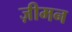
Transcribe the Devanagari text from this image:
ज़ीमन